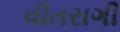
વીતરાગી